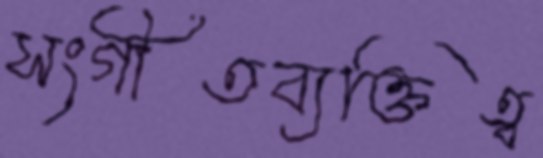
সংগীতব্যক্তিত্ব